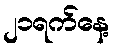
၂၁ရက်နေ့